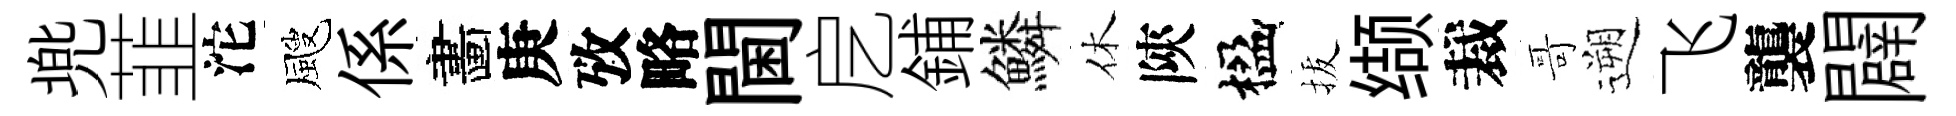
兠韮沱颼係畵庚攷略閫戹鋪鱗休陝楹拔缬裁哥遡飞襲闢